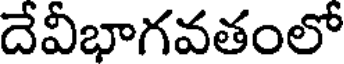
దేవీభాగవతంలో